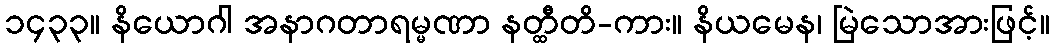
၁၄၃၃။ နိယောဂါ အနာဂတာရမ္မဏာ နတ္ထီတိ-ကား။ နိယမေန၊ မြဲသောအားဖြင့်။